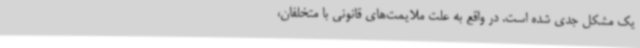
یک مشکل جدی شده است. در واقع به علت ملایمت‌های قانونی با متخلفان،